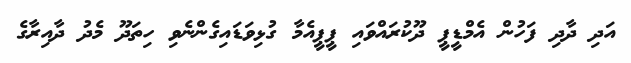
އަދި ދާދި ފަހުން އެމްޑީޕީ ދޫކުރައްވައި ޕީޕީއެމާ ގުޅިވަޑައިގެންނެވި ހިތަދޫ މެދު ދާއިރާގެ